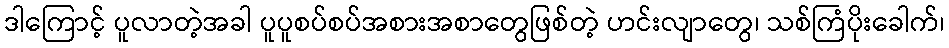
ဒါကြောင့် ပူလာတဲ့အခါ ပူပူစပ်စပ်အစားအစာတွေဖြစ်တဲ့ ဟင်းလျာတွေ၊ သစ်ကြံပိုးခေါက်၊